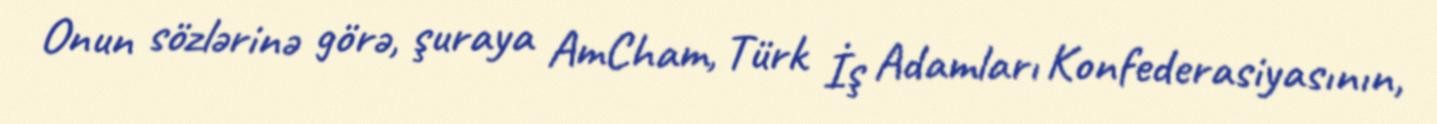
Onun sözlərinə görə, şuraya AmCham, Türk İş Adamları Konfederasiyasının,